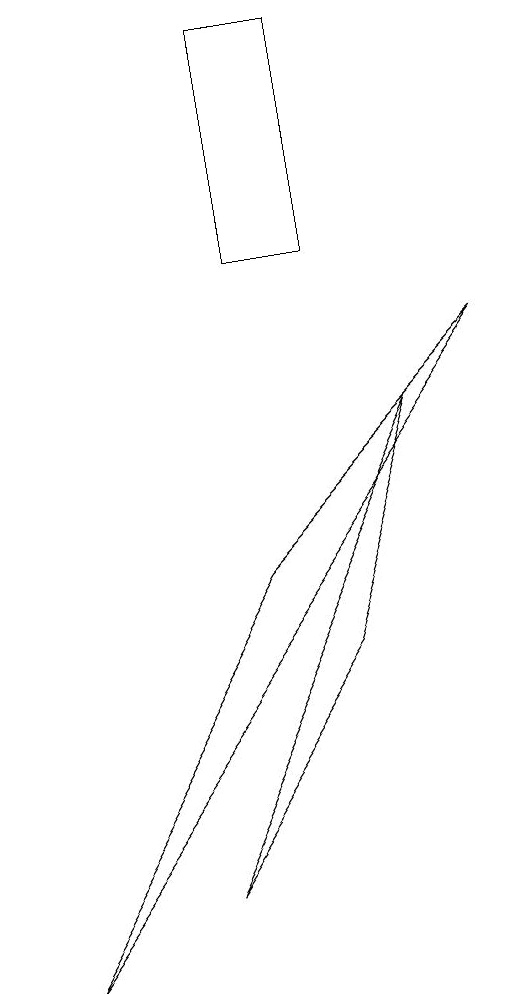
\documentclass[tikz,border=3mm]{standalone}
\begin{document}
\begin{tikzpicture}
\draw (6,13) rectangle (7,10);
\draw (7,5) -- (8,8) -- (5,2) -- cycle;
\draw (6,6) -- (9,9) -- (3,1) -- cycle;
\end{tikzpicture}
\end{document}